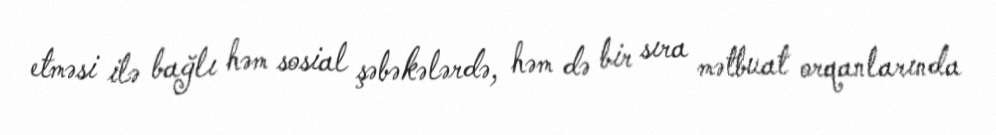
etməsi ilə bağlı həm sosial şəbəkələrdə, həm də bir sıra mətbuat orqanlarında